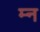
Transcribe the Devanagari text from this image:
म्न